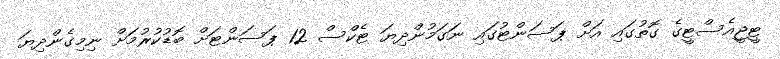
ޓީޖީއެސްޓީގެ ގޮތުގައި އަށް ޕަސަންޓުގައި ނަގަމުންދިޔަ ޓެކްސް 12 ޕަސަންޓަށް ބޮޑުކުރުމަށް ނިމިގެންދިޔަ